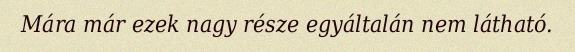
Mára már ezek nagy része egyáltalán nem látható.